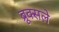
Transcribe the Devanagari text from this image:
ब्रूक्सले